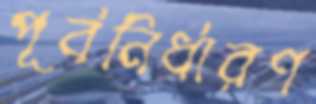
পূর্বনির্ধারণ